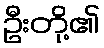
ဦးတို့၏